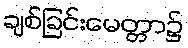
ချစ်ခြင်းမေတ္တာ၌